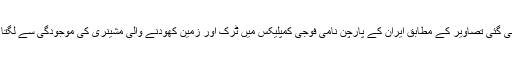
سفارتکاروں نے خبر رساں ادارے ایسوسی ایٹڈ پریس کو بتایا کہ سیٹلائٹ سے لی گئی تصاویر کے مطابق ایران کے پارچن نامی فوجی کمپلیکس میں ٹرک اور زمین کھودنے والی مشینری کی موجودگی سے لگتا ہے کہ ایران حالیہ جوہری سرگرمیوں کے ثبوت مٹانے کی کوشش کر رہا ہے۔